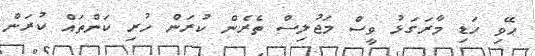
ޙޭވި ހަޑި މާރަގަޅު ވީސް މަޖުލިސް ތެރެން ކުރަން ހުރި ކަންތައް ކުރަން